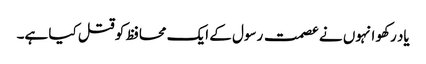
یاد رکھو انہوں نے عصمت رسول کے ایک محافظ کو قتل کیا ہے۔